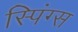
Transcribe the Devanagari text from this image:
स्पिंग्स